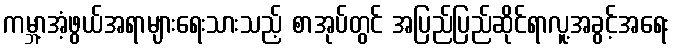
ကမ္ဘာ့အံ့ဖွယ်အရာများရေးသားသည့် စာအုပ်တွင် အပြည်ပြည်ဆိုင်ရာလူ့အခွင့်အရေး